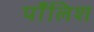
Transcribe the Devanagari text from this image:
पाँलिश